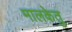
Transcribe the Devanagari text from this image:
मालकेतु